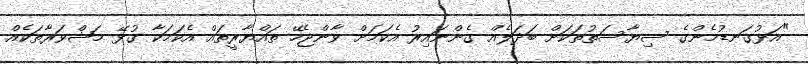
"އަޅުގަނޑުމެންގެ ސިޔާސަތުތަކަށް ބަދަލެއް ގެންނައިރު އެކަމަށް ވާންޖެހޭ ތައްޔާރީތައް އެކަމަކާ ގުޅޭ މަޝްވަރާތަކެއް